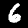
Digit: 6